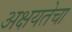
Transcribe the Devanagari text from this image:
अक्षयतेचा